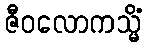
ဇီဝလောကသ္မိံ